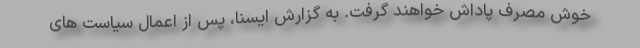
خوش مصرف پاداش خواهند گرفت. به گزارش ایسنا، پس از اعمال سیاست های